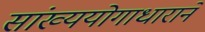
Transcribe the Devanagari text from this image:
सांख्ययोगाधाराने